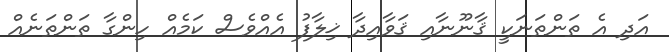
އަދި އެ ތަންތަނަކީ ޤާނޫނާއި ޤަވާއިދާ ޚިލާފު އެއްވެސް ކަމެއް ހިންގާ ތަންތަނެއް